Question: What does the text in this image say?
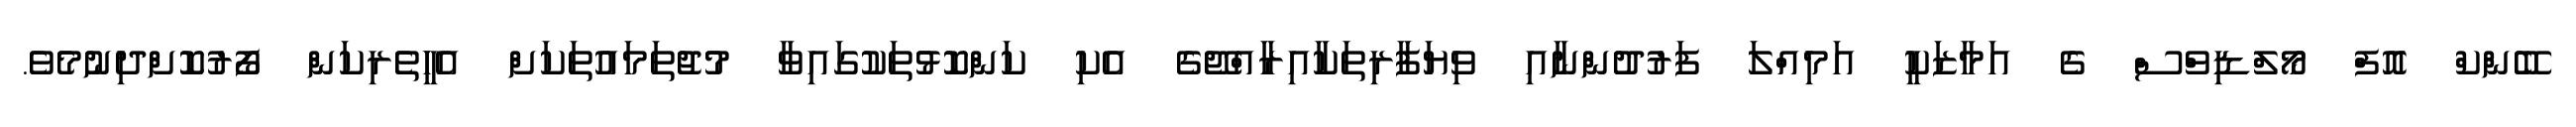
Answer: ބޭންކް އޮފް މޯލްޑިވްސް ގެ އަމާޒަކީ އަމިއްލަ ފަރުދުންނާއި ވިޔަފާރިތަކާއިރާއްޖޭގެ އެކި ކަންކޮޅުތަކުގައިވާ މުޖުތަމައުތަކަށް އެހީތެރިކަން ފޯރުކޮށްދިނުމެވެ.